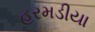
હરમડીયા